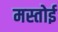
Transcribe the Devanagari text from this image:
मस्तोई